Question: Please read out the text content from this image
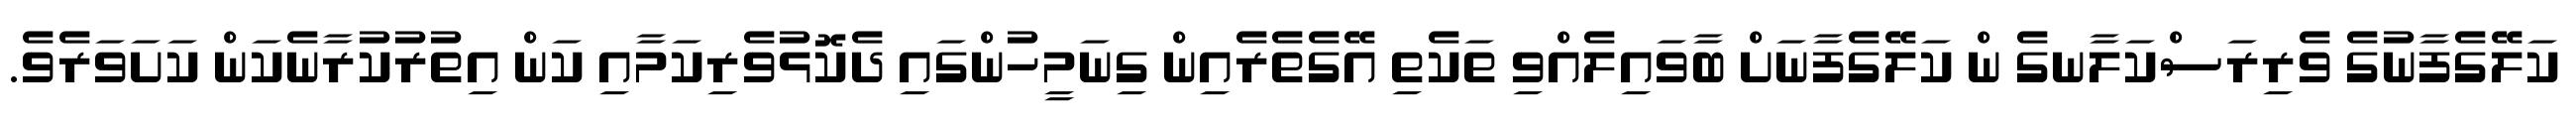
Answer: ކަލޭގެފާނުގެ ވެރިރަސްކަލާނގެ ން ކަލޭގެފާނަށް ބާވައިލެއްވި ތަކެތި އޭގެތެރެއިން ގިނަމީހުންގައި ދެކޮޅުވެރިކަމާއި ކަން އިތުރުކުރާނެކަން ކަށަވަރެވެ.